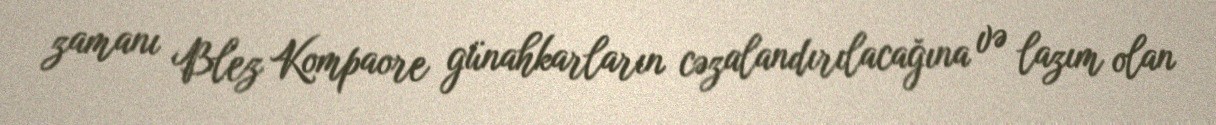
zamanı Blez Kompaore günahkarların cəzalandırılacağına və lazım olan